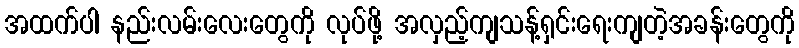
အထက်ပါ နည်းလမ်းလေးတွေကို လုပ်ဖို့ အလှည့်ကျသန့်ရှင်းရေးကျတဲ့အခန်းတွေကို